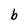
Character: b